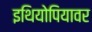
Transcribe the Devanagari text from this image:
इथियोपियावर